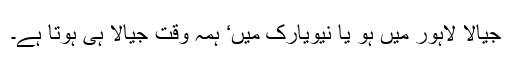
جیالا لاہور میں ہو یا نیویارک میں‘ ہمہ وقت جیالا ہی ہوتا ہے۔